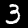
Digit: 3